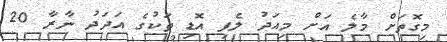
މިގޮތަށް މާލެ އަށް މިއަދު ލެފި އޮޑި ތަކުގެ އަދަދު ނާރާ 20